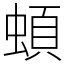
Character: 蝢